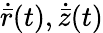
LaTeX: \dot{\bar{r}}(t),\dot{\bar{z}}(t)